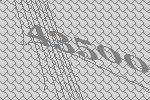
43500